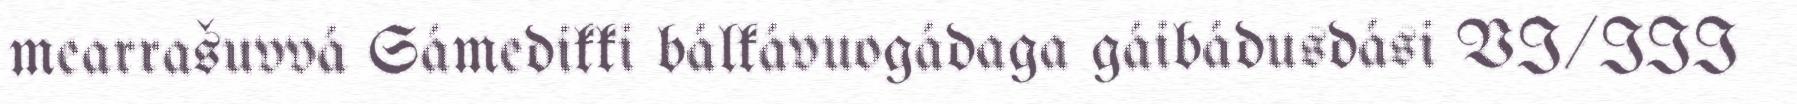
mearrašuvvá Sámedikki bálkávuogádaga gáibádusdási VI/III